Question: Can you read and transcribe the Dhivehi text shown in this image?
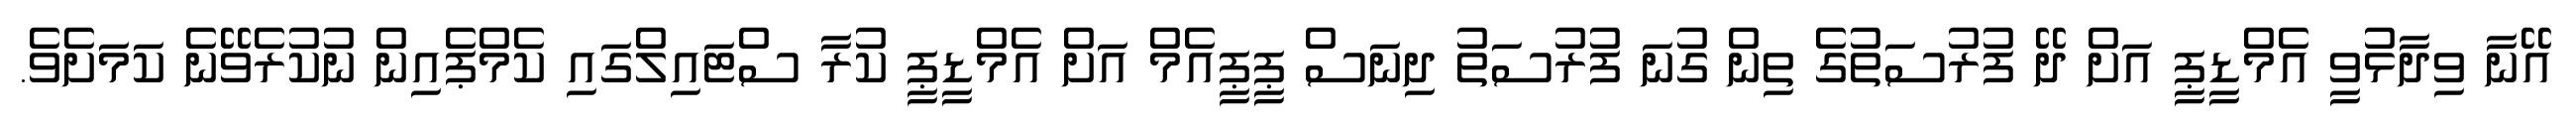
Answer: އޭނާ ވިދާޅުވީ އެމްޑީޕީ އަށް ދޭ ފުރުސަތުގެ ތިން ގުނަ ފުރުސަތު ދިނަސް ޕީޕީއެމް އަށް އެމްޑީޕީ ކުރާ ސްޓައިލްގައި ކެމްޕެއިން ނުކުރެވޭނެ ކަމަށެވެ.